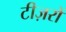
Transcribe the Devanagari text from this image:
टीज़रों